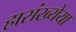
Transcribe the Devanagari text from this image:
हासंख्येया